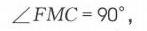
$\angle FMC = 90^{\circ},$